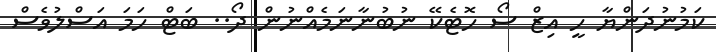
ކަމުނުދަންޔާ ހީ އިޒް ސޯ ހޮޓެކޭ ނުބުނާނަމެއްނުން ދޯ.. ބަޓް ހަމަ އަސްލުވެސް